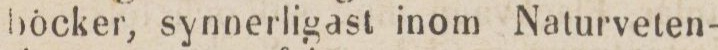
böcker, synnerligast inom Naturveten-